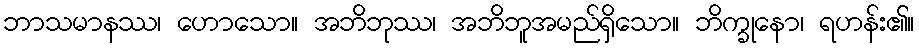
ဘာသမာနဿ၊ ဟောသော။ အဘိဘုဿ၊ အဘိဘူအမည်ရှိသော။ ဘိက္ခုနော၊ ရဟန်း၏။